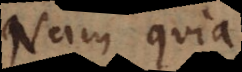
Nam quia